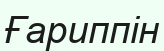
Ғариппін